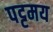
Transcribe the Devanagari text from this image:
पट्टमय